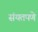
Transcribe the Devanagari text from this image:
संयतपणे